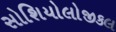
સોશિયોલોજીકલ